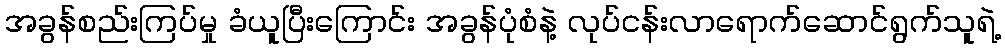
အခွန်စည်းကြပ်မှု ခံယူပြီးကြောင်း အခွန်ပုံစံနဲ့ လုပ်ငန်းလာရောက်ဆောင်ရွက်သူရဲ့